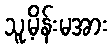
သူ့မိန်းမအား